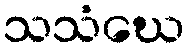
သသံဃေ